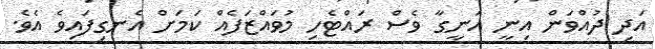
އަދި ދުއްވަން އިނީ އަނީގާ ވެސް ރައްޓެހި މުވައްޒަފެއް ކަމަށް އެނގިފައިވެ އެވެ.